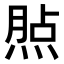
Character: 𤋧